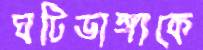
ঘটিভাঙ্গাকে